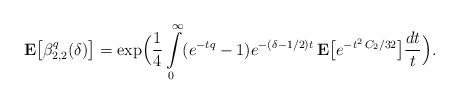
LaTeX: \begin{align*}{\bf E}\bigl[\beta^q_{2, 2}(\delta)\bigr] = \exp\Bigl(\frac{1}{4} \int\limits_0^\infty (e^{-tq}-1) e^{-(\delta-1/2)t} \,{\bf E}\bigl[e^{-t^2\,C_2/32}\bigr] \frac{dt}{t}\Bigr).\end{align*}